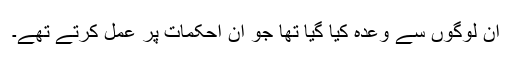
ان لوگوں سے وعدہ کیا گیا تھا جو ان احکمات پر عمل کرتے تھے۔